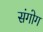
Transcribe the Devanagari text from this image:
संगोग